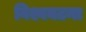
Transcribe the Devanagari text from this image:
विश्वघटना